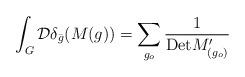
LaTeX: \begin{align*}\int_G\mathcal{D}\delta_{\bar{g}}(M(g))=\sum_{g_o}\frac{1}{\mathrm{Det}M'_{(g_o)}}\end{align*}